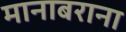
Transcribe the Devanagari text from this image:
मानाबराना